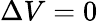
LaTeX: \Delta V=0